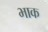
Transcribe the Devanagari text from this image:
भाक